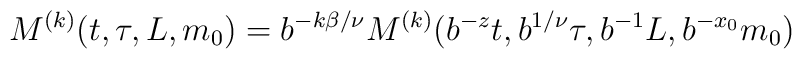
M^{(k)}(t,\tau,L,m_{0})=b^{-k\beta/\nu}M^{(k)}(b^{-z}t,b^{1/\nu}\tau,b^{-1}L,b^{-x_{0}}m_{0})